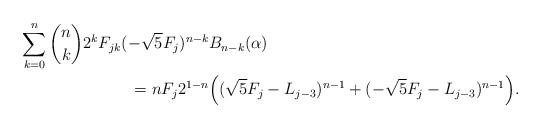
LaTeX: \begin{align*}\sum_{k=0}^n {n\choose k} 2^k F_{jk} (-\sqrt{5}F_j)^{n-k}& B_{n-k}(\alpha)\\ = n F_j 2^{1-n} &\Big ( (\sqrt{5} F_j - L_{j-3})^{n-1} + (-\sqrt{5}F_j - L_{j-3} )^{n-1}\Big ).\end{align*}